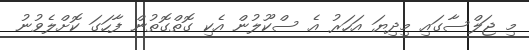
މި ޖަލްސާގައި މިދިޔަ އަހަރު އެ ސްކޫލުން އެކި ގޮތްގޮތުން ފާހަގަ ކޮށްލެވުނު